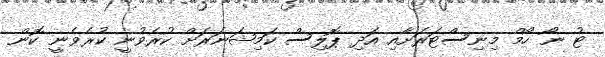
ޓު ނޯ ހޯމް މިނިސްޓަރަށާއި އަދި ޕޮލިސް ކަމިޝަނަރަށް ކުރެވުނީ ކުރެވެނީ ކޮން